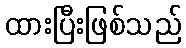
ထားပြီးဖြစ်သည်